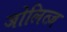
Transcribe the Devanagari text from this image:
जोलित्ज़